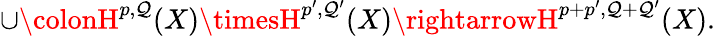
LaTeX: \cup\colonH^{p,\mathcal{Q}}(X)\timesH^{p^{\prime},\mathcal{Q}^{\prime}}(X)\rightarrowH^{p+p^{\prime},\mathcal{Q}+\mathcal{Q}^{\prime}}(X).